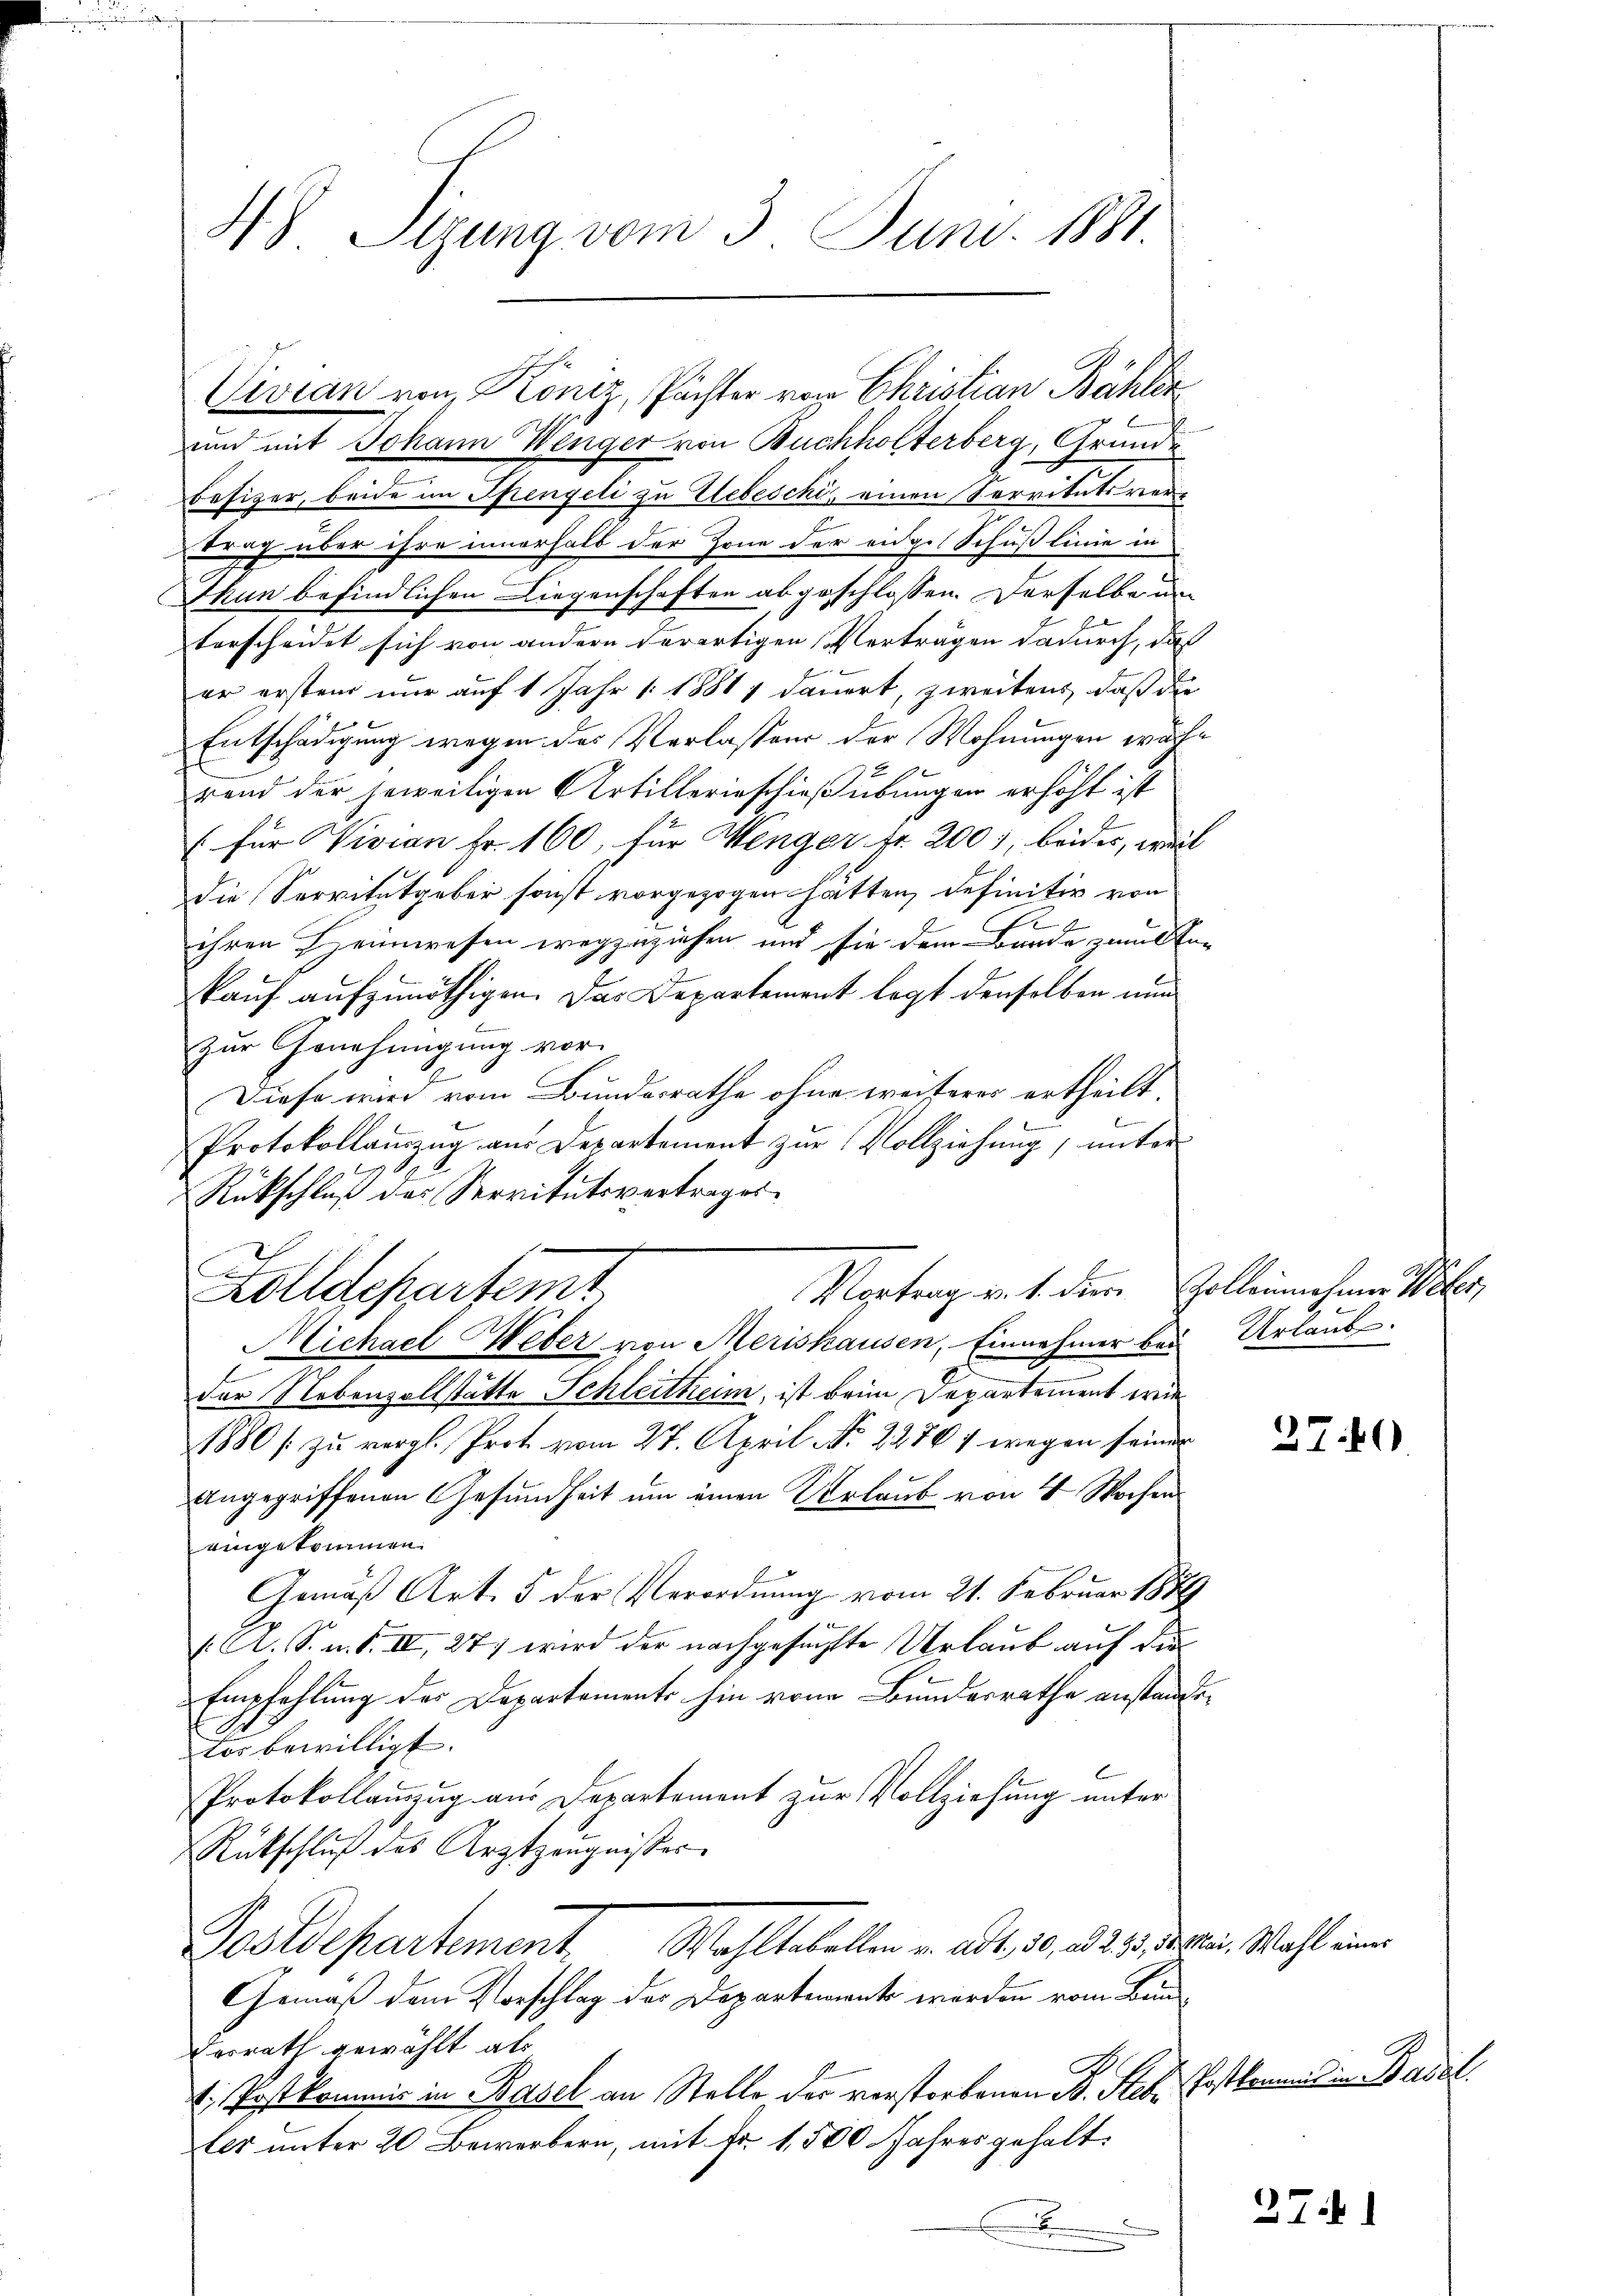
H. Stzung vom 3. Juni 1881.

und mit Johann Wenger von Buchholterberg, Grund¬
Besizer, beide im Spengeli zu Webeschi, einen Servitutsvertrag über ihre innerhalb der Zone der eidges Schuß linie in
Thun befindlichen Liegenschaften abgeschlossen. Derselbe um
terscheidet sich von andern derartigen Verträgen dadurch, das
er ersten nur auf 1 Jahr 1881 dauert, zweitens, daß die
Entschädigung wegen des Verlassen der Wohnungen währ
6
rand der jeweiligen Artillerieschießübungen erhöht ist
(für Wivian Fr. 160, für Wenger fr. 200, beider, weil
die Servitutgeber sonst vorgezogen hätten, definitiv von

ihren Heimwesen wegzuziehen und sie dem Bande zuuk En-
kauf aufzunöthigen. Das Departement legt denselben nun
zur Genehmigung vor.
Diese wird vom Bundesrathe ohne weiteres ertheilt.
b
Protokollamzug aus Departement zur Vollziehung, unter
Rückschluß des Servitutsvertrages.
2
Zolldepartem
Michael Weber von Merishausen, Einnahmer bei Urlaub.
der Nebenzollstätte Schleitheim, ist beim Departement wie
1880 s zu vergl. Prot vom 27. April No 22761 wegen seiner
angegriffenen Gesundheit um einen Urlaub von 4 Wochen
eingekommen.
Gemäß Art. 5 der Verordnung vom 21. Februar 1889
/A. S. n. F. II, 277 wird der nachgesuchte Urlaub auf die
Empfehlung des Departements hin von Bundesrathe anstandetes bewilligt.
.
Protokollauszug aus Departement zur Vollziehung unter
Rütschluß des Arztzeugnisser
Postdepartement. Wahltabellen u. Art. 20. d. 29. Mater. Wahl einer
Gemäß dem Vorschlag der Departement werden vom Bun¬
Derrath gewählt als
1. Postkommis in Basel an Stelle der verstorbenen B. Stebe Postkommis in Basel.
les unter 20 Bewerbern, mit Fr. 1,500 Jahres gehalt.
.

Vevian von Koniz, Pächter von Christian Bähler

Montrag v. 1. dem Colleinehmer Weber,

27.40

27.1